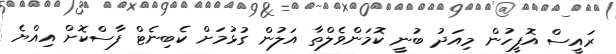
ރައީސް އޮފީހުން މިއަދު ބުނީ ކޮމަންވެލްތާ އަލުން ގުޅުމަށް ކެބިނެޓް ފާސްކޮށް އިއްޔެ